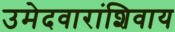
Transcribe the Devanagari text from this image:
उमेदवारांशिवाय